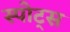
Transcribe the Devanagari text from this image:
स्‍पोट्स